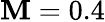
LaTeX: \mathbf{M}=0.4